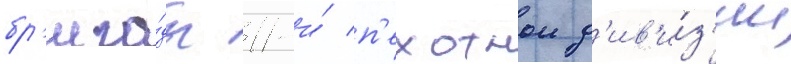
бр'ига́ды 11-и́ п'ехотнои д'ив'и́з'ии